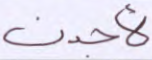
لأجدن